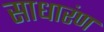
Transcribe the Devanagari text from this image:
साधारंण